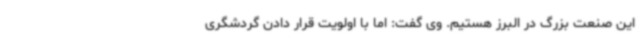
این صنعت بزرگ در البرز هستیم. وی گفت: اما با اولویت قرار دادن گردشگری